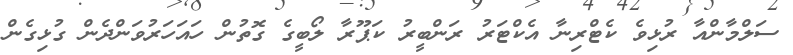
ސަލްމާންއާ ރުޅިވެ ކެޓްރިނާ އެކްޓަރު ރަންބީރު ކަޕޫރާ ލޯބީގެ ގޮތުން ހައަހަރުވަންދެން ގުޅިގެން